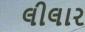
લીલાર